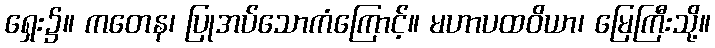
ရှေး၌။ ကတေန၊ ပြုအပ်သောကံကြောင့်။ မဟာပထဝိယာ၊ မြေကြီးသို့။